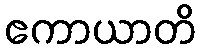
ဧကာယာတိ